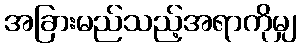
အခြားမည်သည့်အရာကိုမျှ